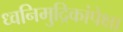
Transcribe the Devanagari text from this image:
ध्वनिमुद्रिकांपेक्षा